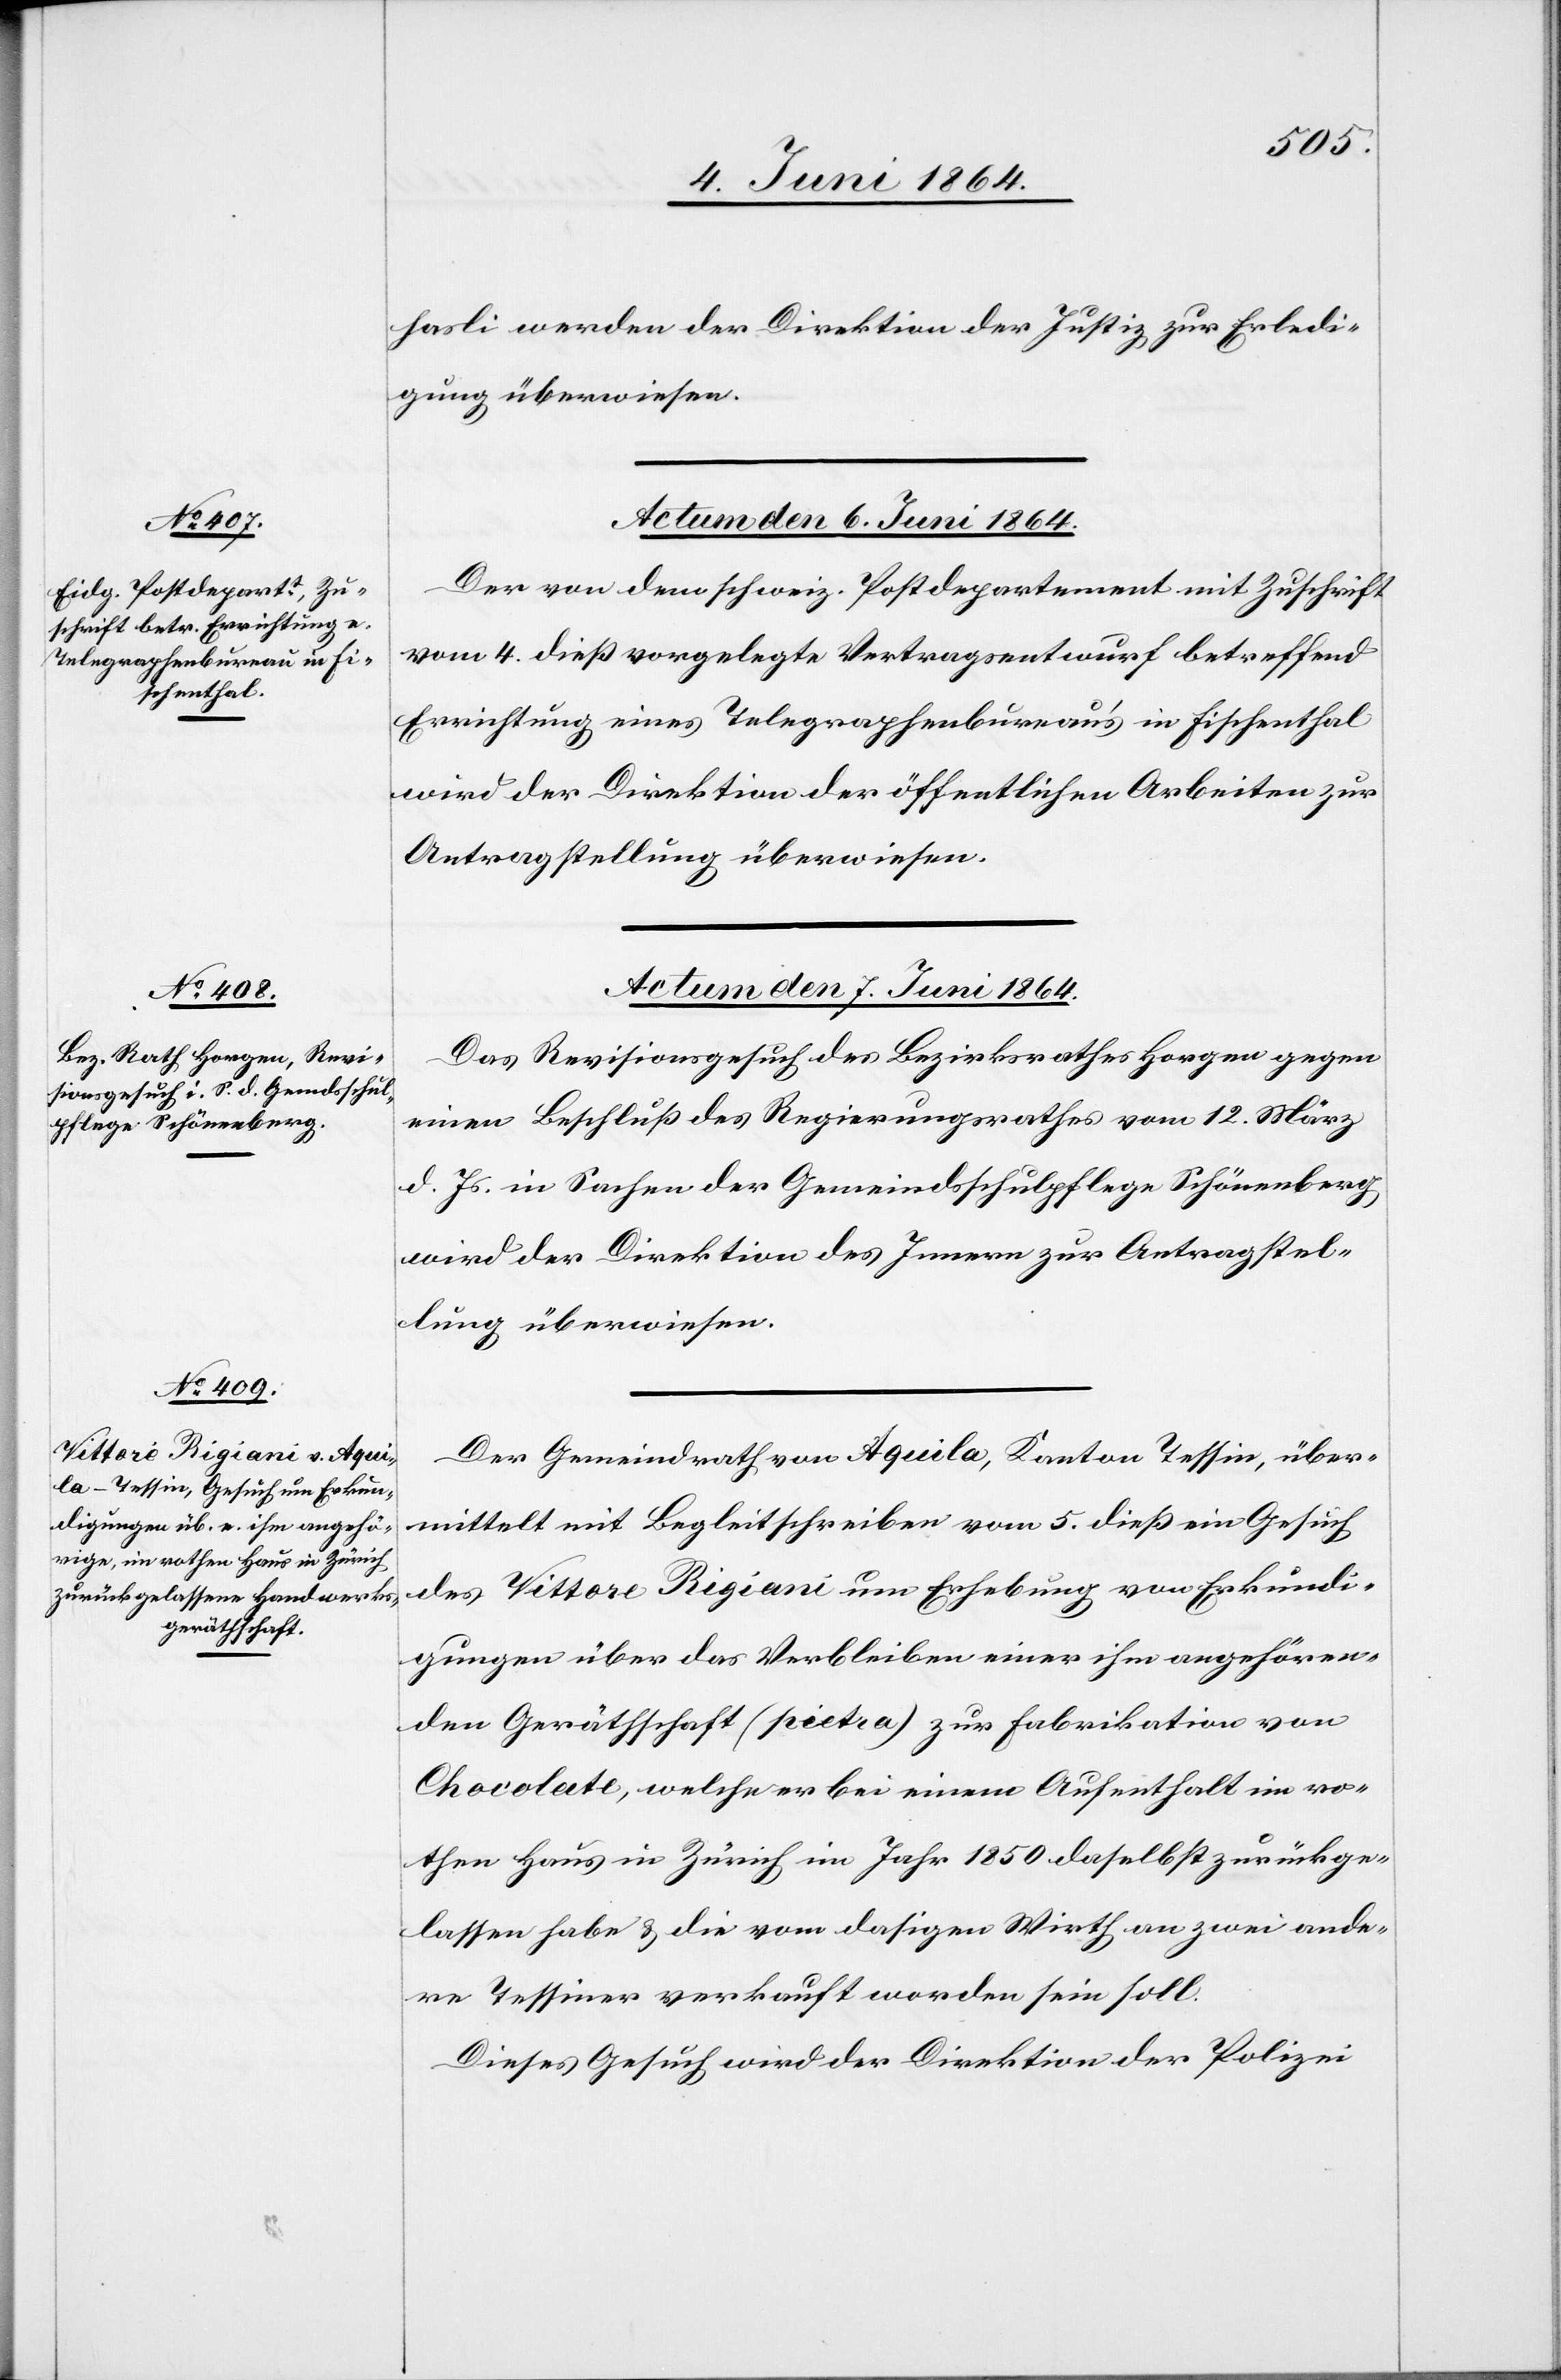
hasli werden der Direktion der Justiz zur Erledi¬
gung überwiesen.
Actum den 6. Juni 1864.
Der von dem schweiz. Postdepartement mit Zuschrift
vom 4. dieß vorgelegte Vertragsentwurf betreffend
Errichtung eines Telegraphenbureau’s in Fischenthal
wird der Direktion der öffentlichen Arbeiten zur
Antragstellung überwiesen.
Actum den 7. Juni 1864.]
Das Revisionsgesuch des Bezirksrathes Horgen gegen
einen Beschluß des Regierungsrathes vom 12. März
d. Js. in Sachen der Gemeindsschulpflege Schönenberg
wird der Direktion des Innern zur Antragstel¬
lung überwiesen.
Der Gemeindrath von Aquila, Kanton Tessin, über¬
mittelt mit Begleitschreiben vom 5. dieß ein Gesuch
des Vittore Rigiani um Erhebung von Erkundi¬
gungen über das Verbleiben einer ihm angehören¬
den Geräthschaft (pietra) zur Fabrikation von
Chocolate, welche er bei einem Aufenthalt im ro¬
then Haus in Zürich im Jahr 1850 daselbst zurückge¬
lassen habe u. die vom dasigen Wirth an zwei ande¬
re Tessiner verkauft worden sein soll.
Dieses Gesuch wird der Direktion der Polizei